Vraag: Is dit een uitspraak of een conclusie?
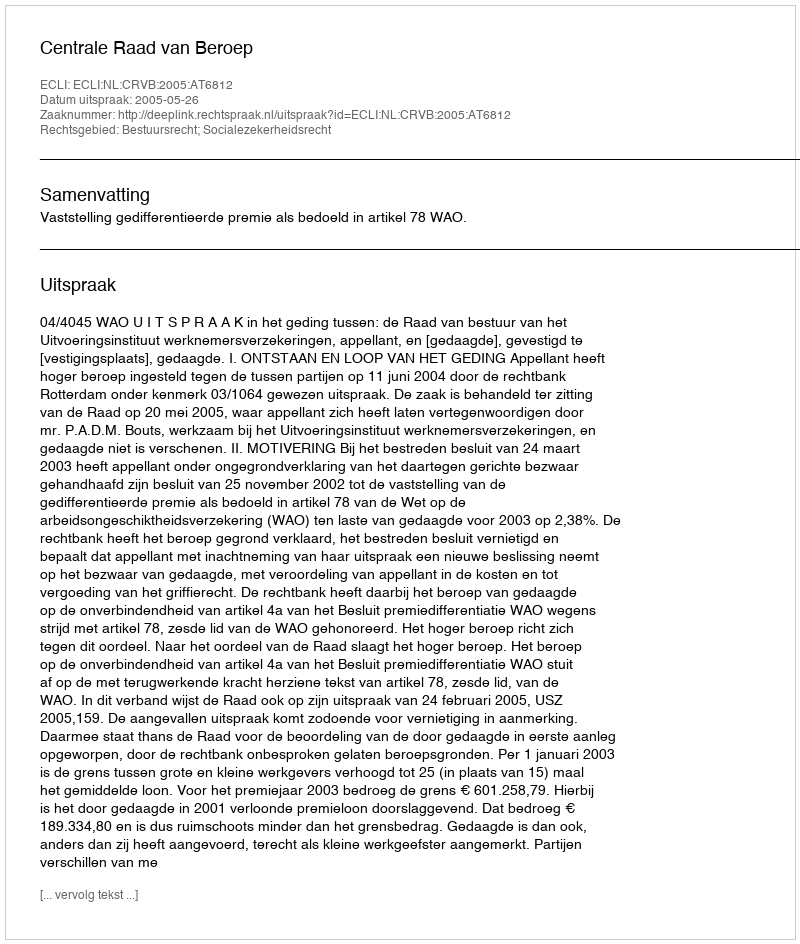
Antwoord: Uitspraak